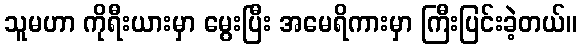
သူမဟာ ကိုရီးယားမှာ မွေးပြီး အမေရိကားမှာ ကြီးပြင်းခဲ့တယ်။